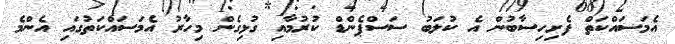
އެމަސައްކަތް ފެށިހިސާބުން އެ ކުލަބު ސަސްޕެންޑް ކުރުމާއި ގުޅިގެން މިހާރު އެމަސައްކަތުގައި އެންމެ